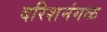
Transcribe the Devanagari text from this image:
दरिशनंगळ